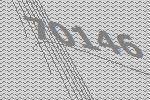
70146